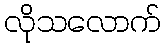
လိုသလောက်